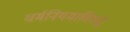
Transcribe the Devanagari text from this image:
धर्मनियमाविरुद्ध